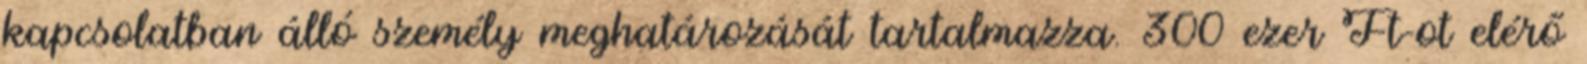
kapcsolatban álló személy meghatározását tartalmazza. 300 ezer Ft-ot elérő